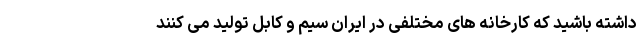
داشته باشید که کارخانه های مختلفی در ایران سیم و کابل تولید می کنند